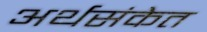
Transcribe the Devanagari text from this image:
अर्थसंकेत